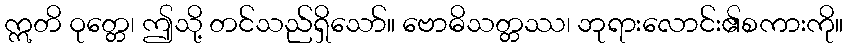
ဣတိ ဝုတ္တေ၊ ဤသို့ တင်သည်ရှိသော်။ ဗောဓိသတ္တဿ၊ ဘုရားလောင်း၏စကားကို။